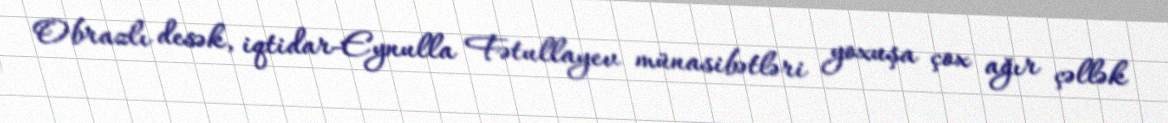
Obrazlı desək, iqtidar-Eynulla Fətullayev münasibətləri yoxuşa çox ağır çəllək